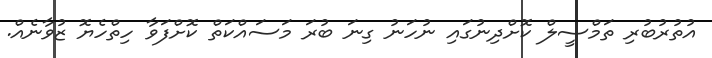
އުތުރުބުރި ތަމްސީލް ކޮށްދިނުގައި ނުހަނު ގިނަ ބުރަ މަސައްކަތް ކޮށްފަވާ ހިތްހެޔޮ ޒުވާނެއް.